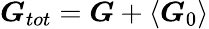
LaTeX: \boldsymbol{G}_{tot}=\boldsymbol{G}+\left\langle\boldsymbol{G}_{0}\right\rangle